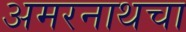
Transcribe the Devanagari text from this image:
अमरनाथचा